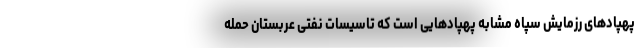
پهپادهای رزمایش سپاه مشابه پهپادهایی است که تاسیسات نفتی عربستان حمله